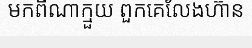
មកពីណាក្មួយ ពួកគេលែងហ៊ាន